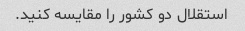
استقلال دو کشور را مقایسه کنید.